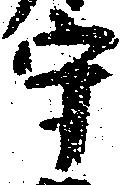
守